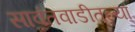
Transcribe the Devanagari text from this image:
सावंतवाडीतल्या